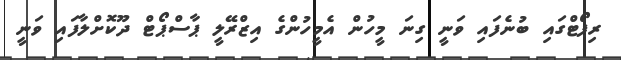
ރިޕޯޓްގައި ބުނެފައި ވަނީ ގިނަ މީހުން އެމީހުންގެ އިޒްރޭލީ ޕާސްޕޯޓް ދޫކޮށްލާފައި ވަނީ